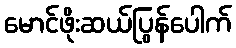
မောင်ဖိုးဆယ်ပြွန်ပေါက်